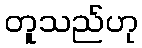
တူသည်ဟု